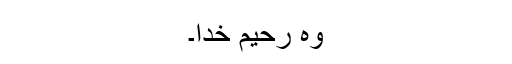
وہ رحیم خدُا۔